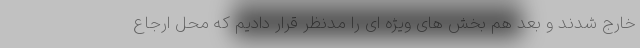
خارج شدند و بعد هم بخش های ویژه ای را مدنظر قرار دادیم که محل ارجاع